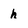
Character: h